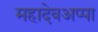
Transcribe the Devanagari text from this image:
महादेवअप्पा